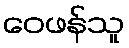
ဝေဖန်သူ